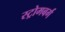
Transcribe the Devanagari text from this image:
स्ट्रोमबर्ग